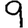
Digit: 9